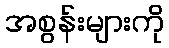
အစွန်းများကို